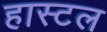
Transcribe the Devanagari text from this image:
हास्‍टल